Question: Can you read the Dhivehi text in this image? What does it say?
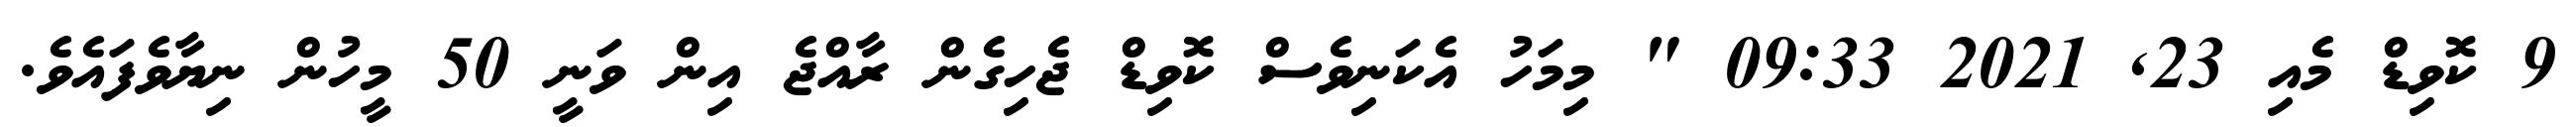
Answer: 9 ކޮވިޑް މެއި 23, 2021 09:33 " މިމަހު އެކަނިވެސް ކޮވިޑް ޖެހިގެން ރާއްޖެ އިން ވަނީ 50 މީހުން ނިޔާވެފައެވެ.